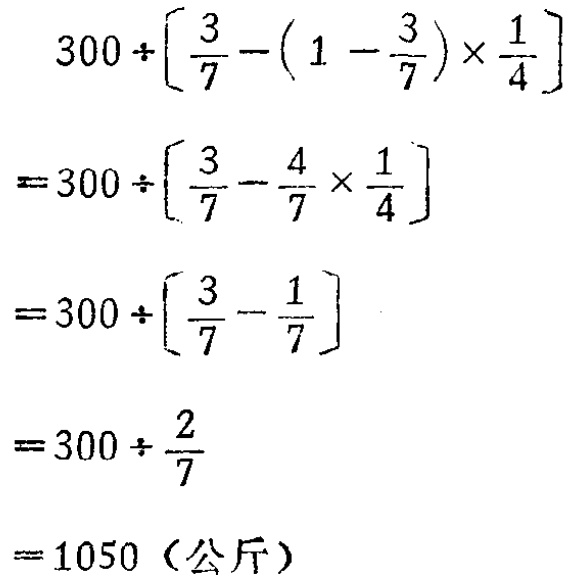
\[

\begin{align*}

&300\div\left[\frac{3}{7}-\left(1 - \frac{3}{7}\right)\times\frac{1}{4}\right]\\

=&300\div\left[\frac{3}{7}-\frac{4}{7}\times\frac{1}{4}\right]\\

=&300\div\left[\frac{3}{7}-\frac{1}{7}\right]\\

=&300\div\frac{2}{7}\\

=&1050（\text{公斤}）

\end{align*}

\]